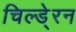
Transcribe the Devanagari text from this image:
चिल्डे्रन